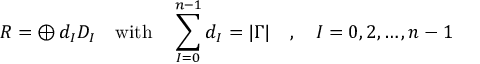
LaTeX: R = \oplus \, d _ { I } { \cal D } _ { I } \quad \mathrm { w i t h } \quad \sum _ { I = 0 } ^ { n - 1 } d _ { I } = | \Gamma | \quad , \quad I = 0 , 2 , \ldots , n - 1